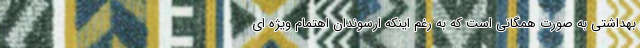
بهداشتی به صورت همگانی است که به رغم اینکه ارسوندان اهتمام ویژه ای